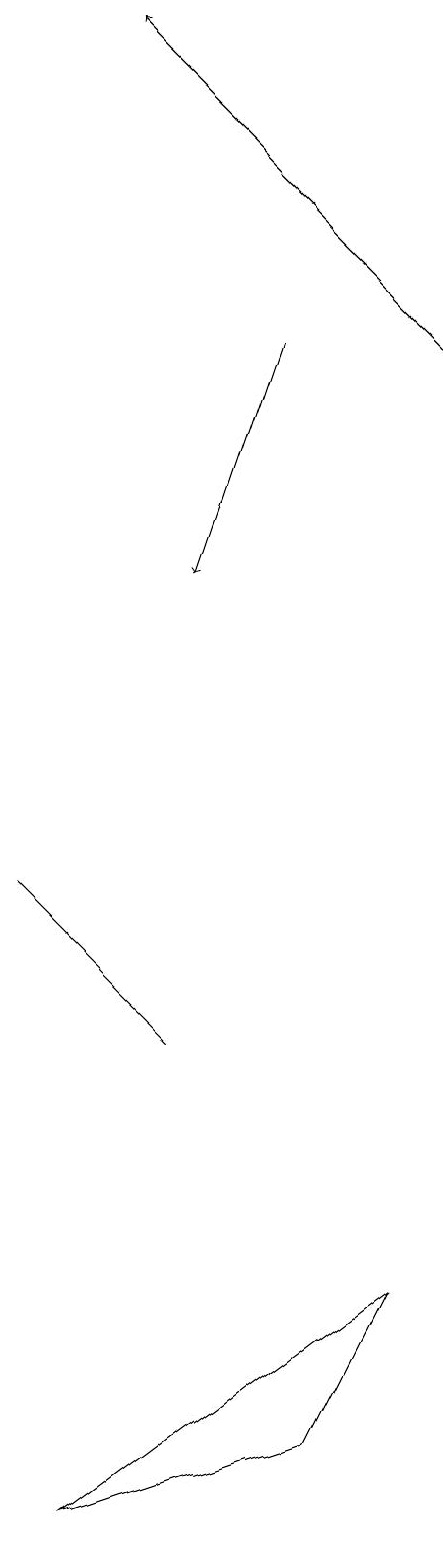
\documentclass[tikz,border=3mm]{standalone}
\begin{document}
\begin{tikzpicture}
\draw[->] (7,15) -- (6,12);
\draw (6,6) -- (4,8) -- (6,6) -- cycle;
\draw[->] (9,15) -- (5,19);
\draw (8,1) -- (9,3) -- (5,0) -- cycle;
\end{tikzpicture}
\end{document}